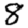
Digit: 8